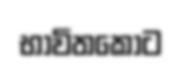
භාවිතකොට